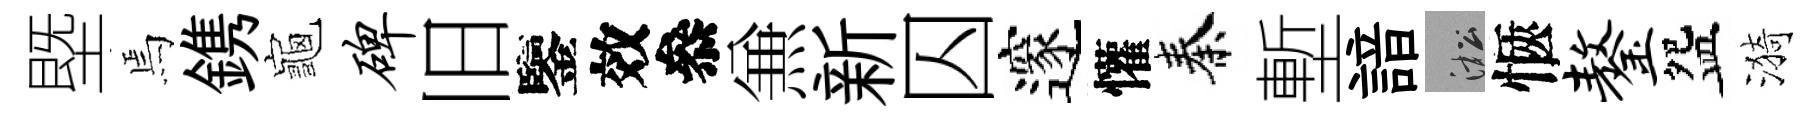
塈焉鎸龜碑旧鑒效叅𠔥新囚邃懽秦塹諳淞愜鏊盌漪